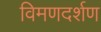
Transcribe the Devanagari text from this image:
विमणदर्शण